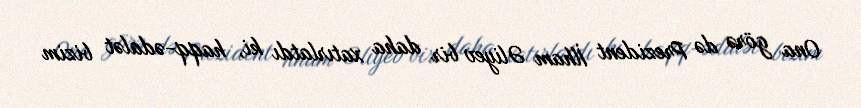
Ona görə də Prezident İlham Əliyev bir daha xatırlatdı ki, haqq-ədalət bizim